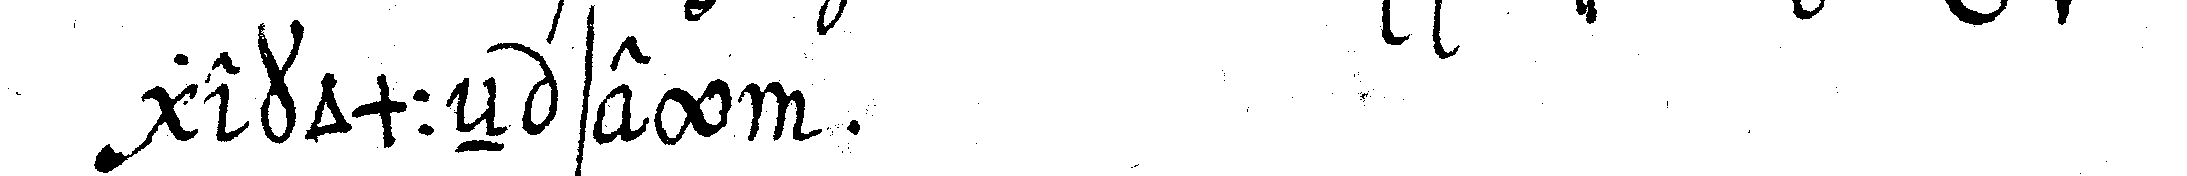
gekommeN sey .